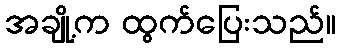
အချို့က ထွက်ပြေးသည်။